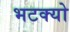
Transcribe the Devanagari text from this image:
भटक्‍यो